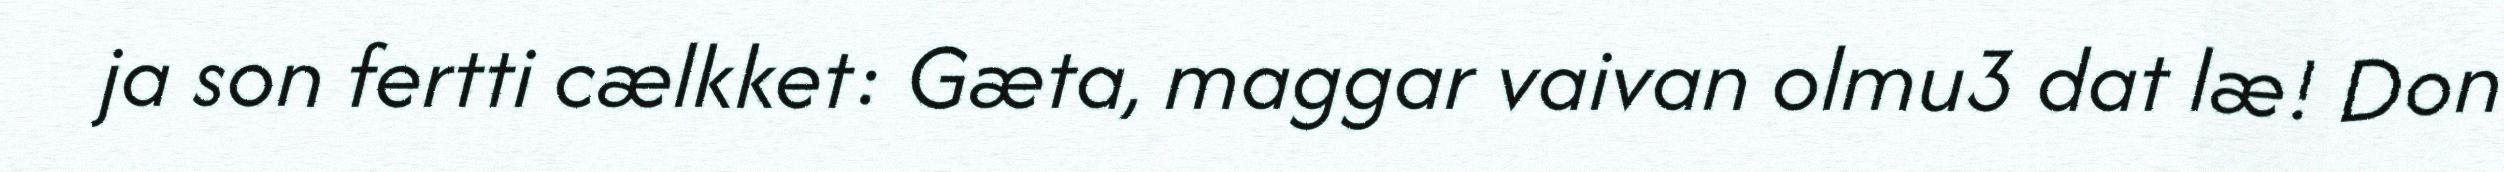
ja son fertti cælkket: Gæta, maggar vaivan olmu3 dat læ! Don